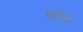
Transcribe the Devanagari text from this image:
प्वेने